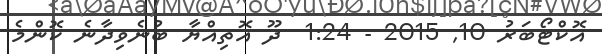
އޮކްޓޯބަރު 10